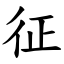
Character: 征